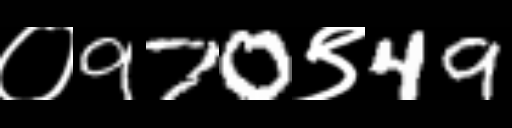
Text: ०970९49